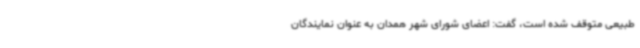
طبیعی متوقف شده است، گفت: اعضای شورای شهر همدان به عنوان نمایندگان